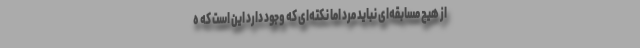
از هیچ مسابقه‌ای نباید مُرد اما نکته‌ای که وجود دارد این است که ه